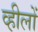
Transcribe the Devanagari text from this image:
व्हीलों